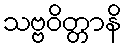
သဗ္ဗဝိတ္တာနိ